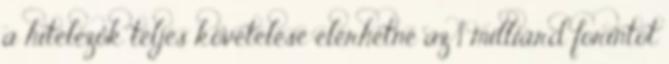
a hitelezők teljes követelése elérhetné az 1 milliárd forintot